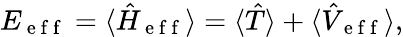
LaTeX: E_{\mathrm{~e~f~f~}}=\langle\hat{H}_{\mathrm{~e~f~f~}}\rangle=\langle\hat{T}\rangle+\langle\hat{V}_{\mathrm{~e~f~f~}}\rangle,